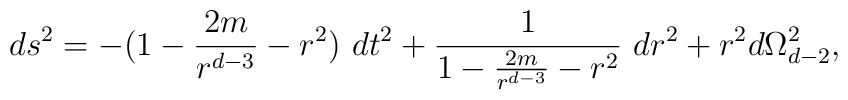
ds^2=-(1-\frac{2m}{r^{d-3}}-r^2)\  dt^2 +\frac{1}{1-\frac{2m}{r^{d-3}}-r^2}\  dr^2+r^2 d\Omega_{d-2}^2,